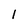
Character: l